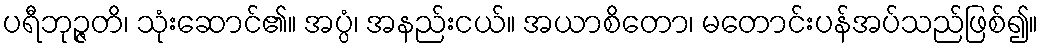
ပရီဘုဉ္ဇတိ၊ သုံးဆောင်၏။ အပ္ပံ၊ အနည်းငယ်။ အယာစိတော၊ မတောင်းပန်အပ်သည်ဖြစ်၍။